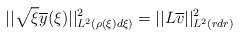
LaTeX: \begin{align*} &||\sqrt{\xi} \overline{y}(\xi)||_{L^{2}(\rho(\xi) d\xi)}^{2} = ||L\overline{v}||_{L^{2}(r dr)}^{2}\end{align*}